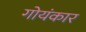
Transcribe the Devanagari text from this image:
गोयंकार